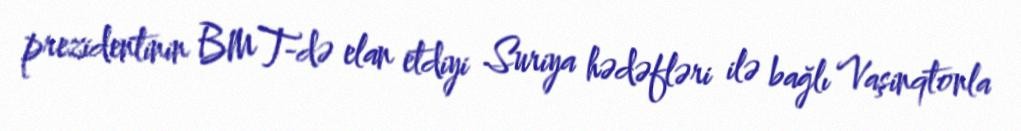
prezidentinin BMT-də elan etdiyi Suriya hədəfləri ilə bağlı Vaşinqtonla